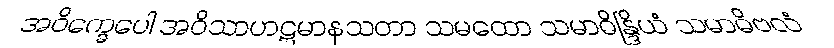
အဝိက္ခေပေါ အဝိသာဟဋမာနသတာ သမထော သမာဓိန္ဒြိယံ သမာဓိဗလံ